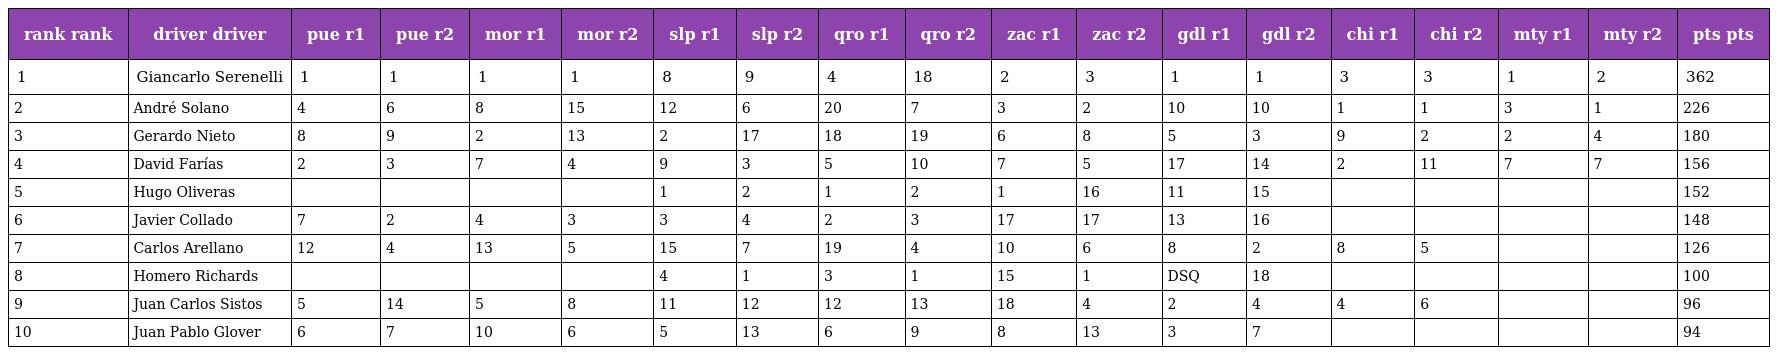
| rank rank | driver driver | pue r1 | pue r2 | mor r1 | mor r2 | slp r1 | slp r2 | qro r1 | qro r2 | zac r1 | zac r2 | gdl r1 | gdl r2 | chi r1 | chi r2 | mty r1 | mty r2 | pts pts |
 | --- | --- | --- | --- | --- | --- | --- | --- | --- | --- | --- | --- | --- | --- | --- | --- | --- | --- | --- |
 | 1 | Giancarlo Serenelli | 1 | 1 | 1 | 1 | 8 | 9 | 4 | 18 | 2 | 3 | 1 | 1 | 3 | 3 | 1 | 2 | 362 |
 | 2 | André Solano | 4 | 6 | 8 | 15 | 12 | 6 | 20 | 7 | 3 | 2 | 10 | 10 | 1 | 1 | 3 | 1 | 226 |
 | 3 | Gerardo Nieto | 8 | 9 | 2 | 13 | 2 | 17 | 18 | 19 | 6 | 8 | 5 | 3 | 9 | 2 | 2 | 4 | 180 |
 | 4 | David Farías | 2 | 3 | 7 | 4 | 9 | 3 | 5 | 10 | 7 | 5 | 17 | 14 | 2 | 11 | 7 | 7 | 156 |
 | 5 | Hugo Oliveras |  |  |  |  | 1 | 2 | 1 | 2 | 1 | 16 | 11 | 15 |  |  |  |  | 152 |
 | 6 | Javier Collado | 7 | 2 | 4 | 3 | 3 | 4 | 2 | 3 | 17 | 17 | 13 | 16 |  |  |  |  | 148 |
 | 7 | Carlos Arellano | 12 | 4 | 13 | 5 | 15 | 7 | 19 | 4 | 10 | 6 | 8 | 2 | 8 | 5 |  |  | 126 |
 | 8 | Homero Richards |  |  |  |  | 4 | 1 | 3 | 1 | 15 | 1 | DSQ | 18 |  |  |  |  | 100 |
 | 9 | Juan Carlos Sistos | 5 | 14 | 5 | 8 | 11 | 12 | 12 | 13 | 18 | 4 | 2 | 4 | 4 | 6 |  |  | 96 |
 | 10 | Juan Pablo Glover | 6 | 7 | 10 | 6 | 5 | 13 | 6 | 9 | 8 | 13 | 3 | 7 |  |  |  |  | 94 |